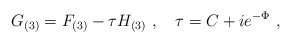
\begin{align*}G_{(3)} = F_{(3)} - \tau H_{(3)}\ , \quad \tau = C + i e^{-\Phi}\ ,\end{align*}